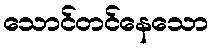
သောင်တင်နေသော